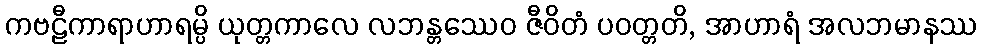
ကဗဠီကာရာဟာရမ္ပိ ယုတ္တကာလေ လဘန္တဿေဝ ဇီဝိတံ ပဝတ္တတိ, အာဟာရံ အလဘမာနဿ